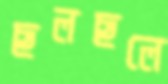
ছলছলে